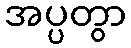
အပ္ပတွာ